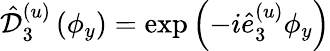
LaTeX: \hat{\mathcal D}_{3}^{(u)}\left(\phi_{y}\right)=\exp\left(-i\hat{e}_{3}^{(u)}\phi_{y}\right)